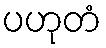
ပဟုတံ